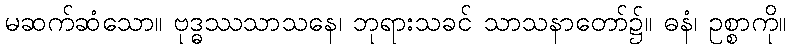
မဆက်ဆံသော။ ဗုဒ္ဓဿသာသနေ၊ ဘုရားသခင် သာသနာတော်၌။ ဓနံ၊ ဥစ္စာကို။